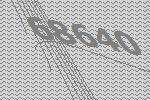
68640